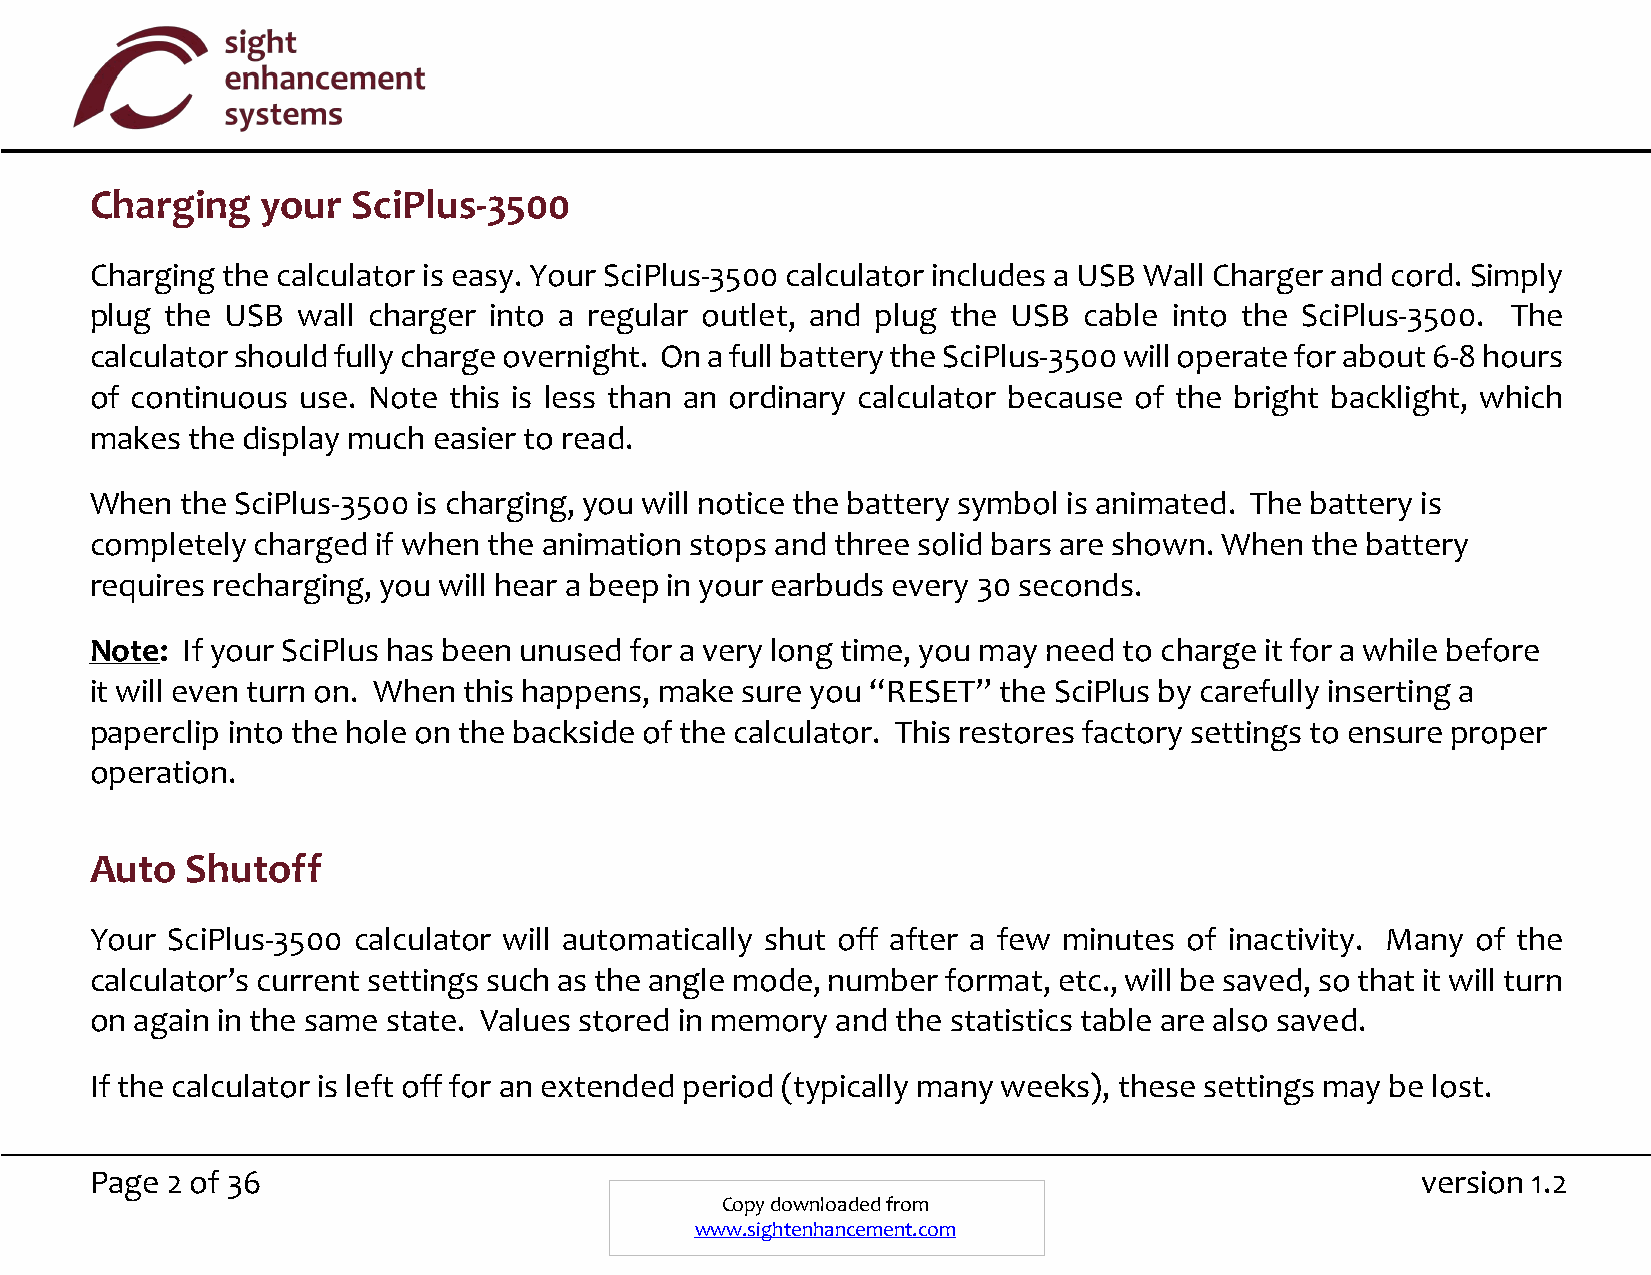
Charging   your  SciPlus-3500
 Charging the calculator is easy. Your SciPlus-3500 calculator includes a USB Wall Charger and cord. Simply
 plug the USB  wall charger into a regular outlet, and plug the USB cable into the SciPlus-3500. The
 calculator should fully charge overnight. On a full battery the SciPlus-3500 will operate for about 6-8 hours
 of continuous use. Note this is less than an ordinary calculator because of the bright backlight, which
 makes the display much easier to read.
 When  the SciPlus-3500 is charging, you will notice the battery symbol is animated. The battery is
 completely charged if when the animation stops and three solid bars are shown. When the battery
 requires recharging, you will hear a beep in your earbuds every 30 seconds.
 Note: If your SciPlus has been unused for a very long time, you may need to charge it for a while before
 it will even turn on. When this happens, make sure you “RESET” the SciPlus by carefully inserting a
 paperclip into the hole on the backside of the calculator. This restores factory settings to ensure proper
 operation.
 Auto  Shutoff
 Your SciPlus-3500 calculator will automatically shut off after a few minutes of inactivity. Many of the
 calculator’s current settings such as the angle mode, number format, etc., will be saved, so that it will turn
 on again in the same state. Values stored in memory and the statistics table are also saved.
 If the calculator is left off for an extended period (typically many weeks), these settings may be lost.
 Page 2 of 36                                                                            version 1.2
 Copy downloaded from
 www.sightenhancement.com